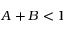
A + B < 1